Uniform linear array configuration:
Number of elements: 8
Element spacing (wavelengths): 1
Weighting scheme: blackman
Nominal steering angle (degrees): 0
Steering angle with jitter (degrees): -0.8742
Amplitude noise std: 0.05
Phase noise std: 0.05

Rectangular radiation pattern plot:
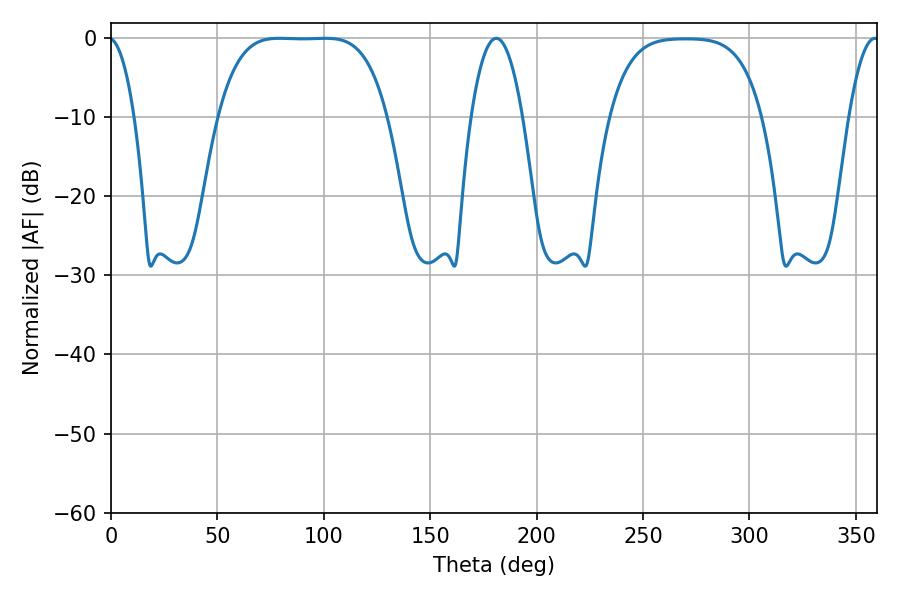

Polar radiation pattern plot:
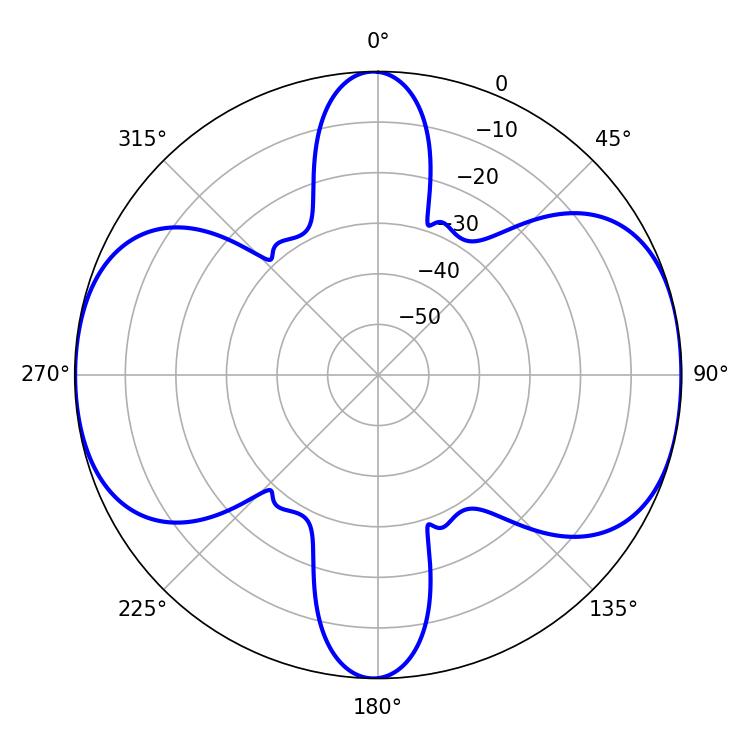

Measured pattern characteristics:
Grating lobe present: TRUE
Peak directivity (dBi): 11.251
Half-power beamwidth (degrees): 60.48
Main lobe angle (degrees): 79.2